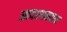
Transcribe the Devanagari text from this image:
आवश्यकताए